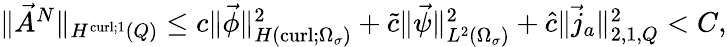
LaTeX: \begin{array}{r}{\| \vec{A}^{N}\| _{H^{\operatorname{curl};1}(Q)}\leq c\| \vec{\phi}\| _{H(\operatorname{curl};\Omega_{\sigma})}^{2}+\tilde{c}\| \vec{\psi}\| _{L^{2}(\Omega_{\sigma})}^{2}+\hat{c}\| \vec{j}_{a}\| _{2,1,Q}^{2}<C,}\end{array}